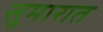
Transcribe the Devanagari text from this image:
सुमारात